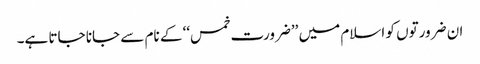
ان ضرورتوں کو اسلام میں ’’ضرورت خمس‘‘ کے نام سے جانا جاتا ہے۔